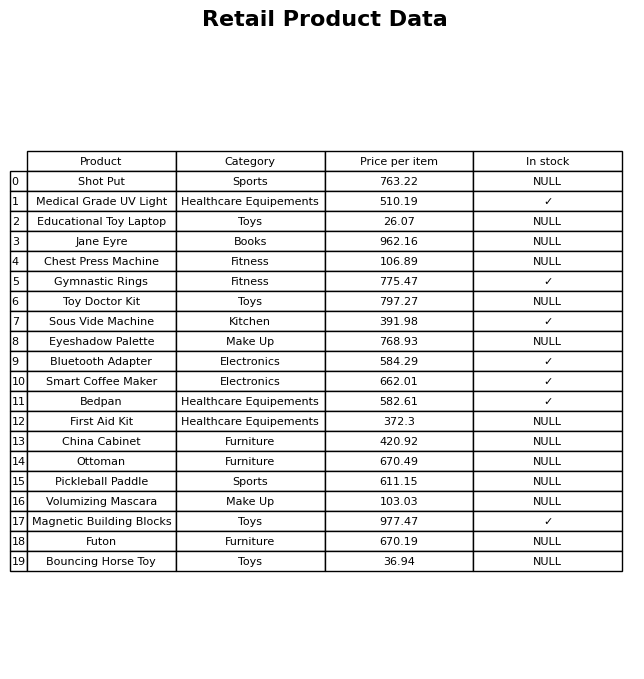
question: Is the Gymnastic Rings in stock?
answer: ✓